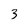
Character: 3